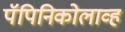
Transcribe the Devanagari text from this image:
पॅपिनिकोलाव्ह